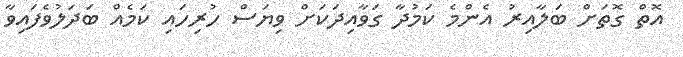
އޮތް ގޮތަށް ބަލާއިރު އެންމެ ކަމުދާ ގަވާއިދަކަށް ވިޔަސް ހުރިހައި ކަމެއް ބަދަލުވެފައިވާ